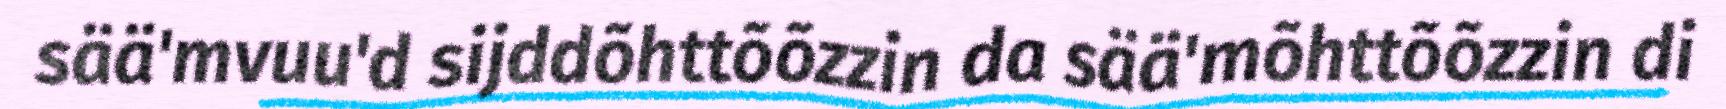
sää'mvuu'd sijddõhttõõzzin da sää'mõhttõõzzin di